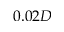
0 . 0 2 D